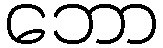
ဘော